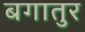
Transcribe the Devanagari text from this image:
बगातुर